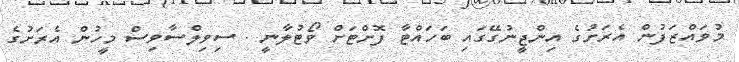
މުވައްޒަފުން އެރަށުގެ އިންޖީނުގޭގައި ބަހައްޓާ ފޮށްޓަށް ވޯޓުލާނީ . ސިވިލްސާވިސް މީހުން އެރަށުގެ